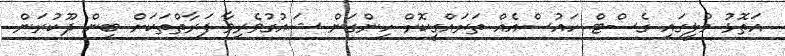
އަތޮޅު މުލީގައި ގެސްޓް ހައުސްއެއް ތަރައްގީކޮށް ހިންގަން ޝައުގުވެރިވާ ފަރާތްތަކަށް ބިން ދޫކުރަން